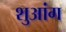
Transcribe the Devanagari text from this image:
शुआंग